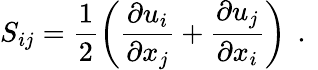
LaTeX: S_{ij}=\frac{1}{2}\left(\frac{\partial u_{i}}{\partial x_{j}}+\frac{\partial u_{j}}{\partial x_{i}}\right)\, \mathrm{~.~}